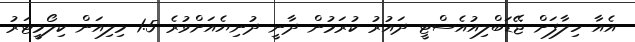
އެއާ ހިލާފަށް ޖޭޑަބްލިއުއެސްޓީ ދައުރު ކުރަމުން ދާނީ ދުނިޔެއަށްވުރެ 1.5 މިލިއަން ކިލޯމީޓަރު